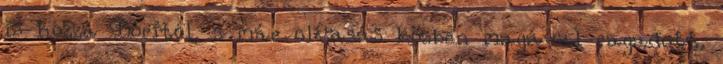
is hozzá Dóritól, s már olvasás közben magával ragadott.